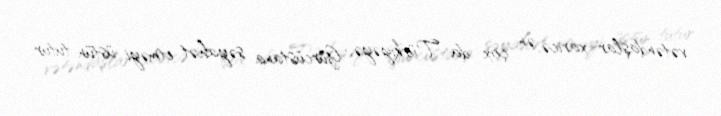
vətəndaşlar xaricə, ən çox da Türkiyəyə, Gürcüstana səyahət etməyi üstün tutur.